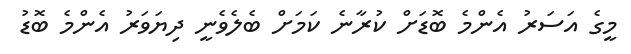
މީގެ އަސަރު އެންމެ ބޮޑަށް ކުރާނެ ކަމަށް ބެލެވެނީ ދިޔަވަރު އެންމެ ބޮޑު